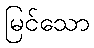
မြင်သော